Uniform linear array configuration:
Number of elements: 64
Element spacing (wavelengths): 1
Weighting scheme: kaiser
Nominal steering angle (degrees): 45
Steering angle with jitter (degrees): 43.619
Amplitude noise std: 0.05
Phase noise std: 0.05

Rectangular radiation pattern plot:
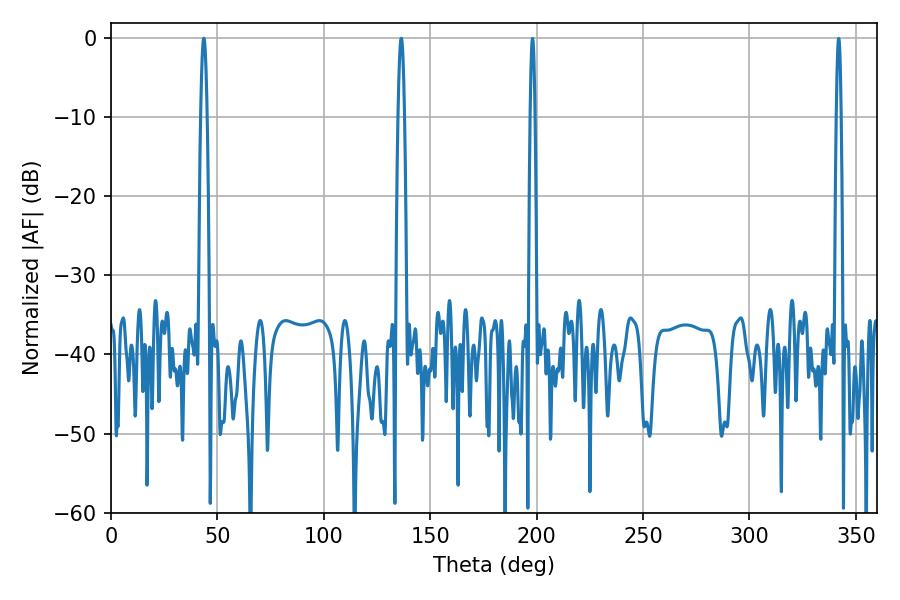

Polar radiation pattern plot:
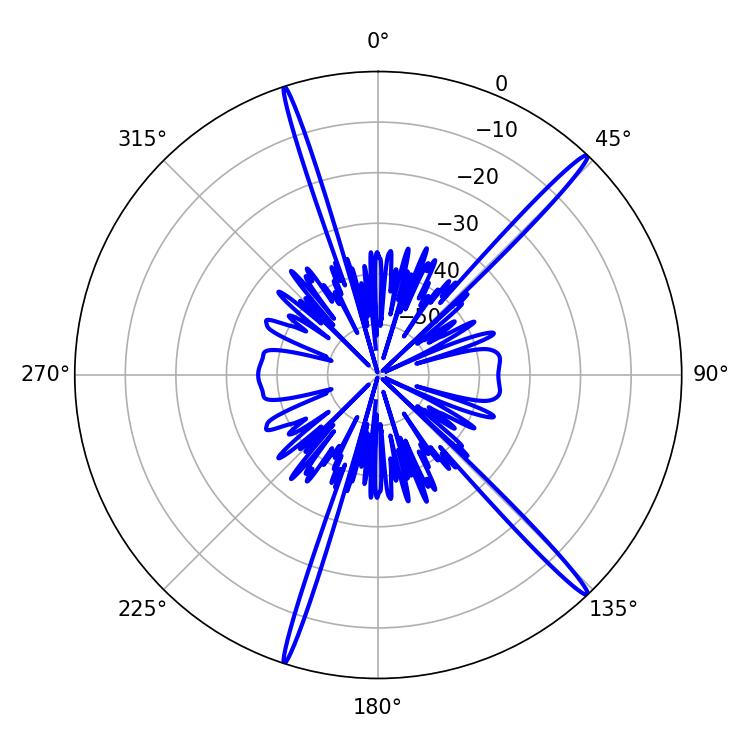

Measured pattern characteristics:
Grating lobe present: TRUE
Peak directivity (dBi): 18.34
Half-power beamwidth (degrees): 1.62
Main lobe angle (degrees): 43.56